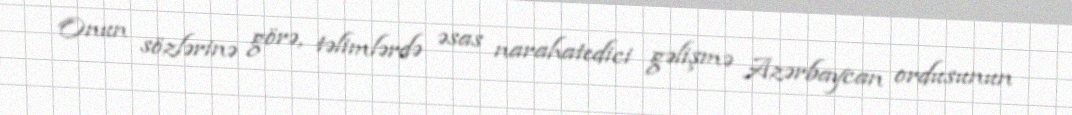
Onun sözlərinə görə, təlimlərdə əsas narahatedici gəlişmə Azərbaycan ordusunun